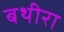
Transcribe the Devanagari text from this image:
बथीरा